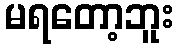
မရတော့ဘူး